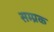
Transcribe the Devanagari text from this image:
सम्प्रक